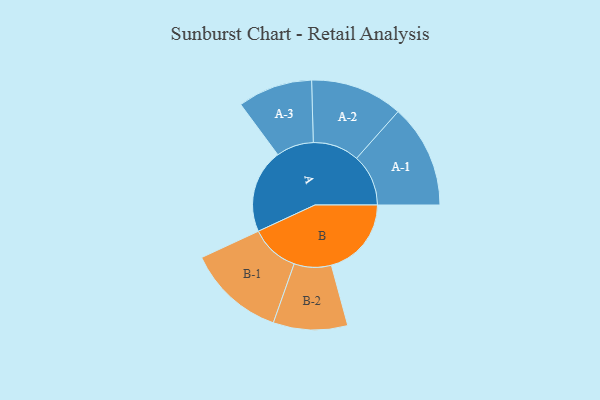
{"axis": {"x": "Segment", "y": "Value"}, "legend": ["", "A", "B"], "data": [{"x": "A", "y": 350, "type": ""}, {"x": "B", "y": 334, "type": ""}, {"x": "A-1", "y": 216, "type": "A"}, {"x": "A-2", "y": 193, "type": "A"}, {"x": "A-3", "y": 156, "type": "A"}, {"x": "B-1", "y": 204, "type": "B"}, {"x": "B-2", "y": 155, "type": "B"}]}